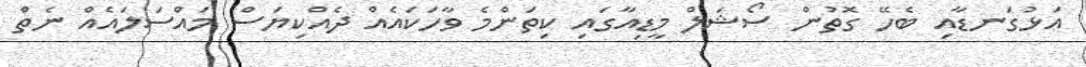
އަޅުގަނޑާއި ބެހޭ ގޮތުން ސޯޝަލް މީޑިއާގައި ކިތަންމެ ވާހަކައެއް ދެއްކިޔަސް މައްސަލައެއް ނެތް